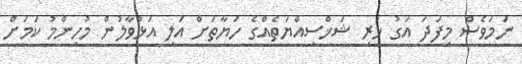
ނަމަވެސް މިފަދަ އަގު ހުރި ޝަޚްސިއްޔަތެއްގެ ހަޔާތަށް އަލި އަޅުވާލުން މުހިންމު ކަމަށް